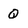
Character: Q